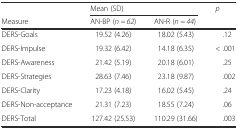
<table><thead><tr><td></td><td colspan="2"><b>Mean (SD)</b></td><td><b><i>p</i></b></td></tr><tr><td><b>Measure</b></td><td><b>AN-BP (<i>n = 62</i>)</b></td><td><b>AN-R (<i>n = 44</i>)</b></td><td></td></tr></thead><tbody><tr><td>DERS-Goals</td><td>19.52 (4.26)</td><td>18.02 (5.43)</td><td>.12</td></tr><tr><td>DERS-Impulse</td><td>19.32 (6.42)</td><td>14.18 (6.35)</td><td>&lt; .001</td></tr><tr><td>DERS-Awareness</td><td>21.42 (5.19)</td><td>20.18 (6.01)</td><td>.25</td></tr><tr><td>DERS-Strategies</td><td>28.63 (7.46)</td><td>23.18 (9.87)</td><td>.002</td></tr><tr><td>DERS-Clarity</td><td>17.23 (4.18)</td><td>16.02 (5.45)</td><td>.24</td></tr><tr><td>DERS-Non-acceptance</td><td>21.31 (7.23)</td><td>18.55 (7.24)</td><td>.06</td></tr><tr><td>DERS-Total</td><td>127.42 (25.53)</td><td>110.29 (31.66)</td><td>.003</td></tr></tbody></table>